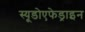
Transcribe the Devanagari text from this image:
स्यूडोएफेड्राइन